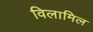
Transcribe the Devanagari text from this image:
विलामिल